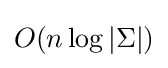
O(n\,{\log |\Sigma |})